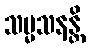
သမ္မသနန္တိ